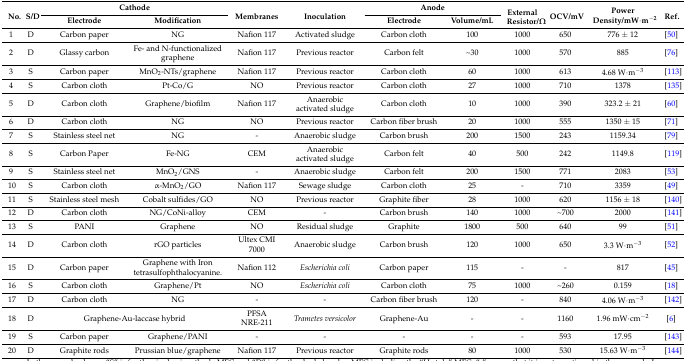
<table><thead><tr><td rowspan="2"><b>No.</b></td><td rowspan="2"><b>S/D</b></td><td colspan="2"><b>Cathode</b></td><td rowspan="2"><b>Membranes</b></td><td rowspan="2"><b>Inoculation</b></td><td colspan="2"><b>Anode</b></td><td rowspan="2"><b>External Resistor/Ω</b></td><td rowspan="2"><b>OCV/mV</b></td><td rowspan="2"><b>Power Density/mW·m<sup>−2</sup></b></td><td rowspan="2"><b>Ref.</b></td></tr><tr><td><b>Electrode</b></td><td><b>Modification</b></td><td><b>Electrode</b></td><td><b>Volume/mL</b></td></tr></thead><tbody><tr><td>1</td><td>D</td><td>Carbon paper</td><td>NG</td><td>Nafion 117</td><td>Activated sludge</td><td>Carbon cloth</td><td>100</td><td>1000</td><td>650</td><td>776 ± 12</td><td>[50]</td></tr><tr><td>2</td><td>D</td><td>Glassy carbon</td><td>Fe- and N-functionalized graphene</td><td>Nafion 117</td><td>Previous reactor</td><td>Carbon felt</td><td>~30</td><td>1000</td><td>570</td><td>885</td><td>[76]</td></tr><tr><td>3</td><td>S</td><td>Carbon paper</td><td>MnO<sub>2</sub>-NTs/graphene</td><td>Nafion 117</td><td>Previous reactor</td><td>Carbon cloth</td><td>60</td><td>1000</td><td>613</td><td>4.68 W·m<sup>−3</sup></td><td>[113]</td></tr><tr><td>4</td><td>S</td><td>Carbon cloth</td><td>Pt-Co/G</td><td>NO</td><td>Previous reactor</td><td>Carbon cloth</td><td>27</td><td>1000</td><td>710</td><td>1378</td><td>[135]</td></tr><tr><td>5</td><td>D</td><td>Carbon cloth</td><td>Graphene/biofilm</td><td>Nafion 117</td><td>Anaerobic activated sludge</td><td>Carbon cloth</td><td>10</td><td>1000</td><td>390</td><td>323.2 ± 21</td><td>[60]</td></tr><tr><td>6</td><td>D</td><td>Carbon cloth</td><td>NG</td><td>NO</td><td>Previous reactor</td><td>Carbon fiber brush</td><td>20</td><td>1000</td><td>555</td><td>1350 ± 15</td><td>[71]</td></tr><tr><td>7</td><td>S</td><td>Stainless steel net</td><td>NG</td><td>-</td><td>Anaerobic sludge</td><td>Carbon brush</td><td>200</td><td>1500</td><td>243</td><td>1159.34</td><td>[79]</td></tr><tr><td>8</td><td>S</td><td>Carbon Paper</td><td>Fe-NG </td><td>CEM</td><td>Anaerobic activated sludge</td><td>Carbon felt</td><td>40</td><td>500</td><td>242</td><td>1149.8</td><td>[119]</td></tr><tr><td>9</td><td>S</td><td>Stainless steel net</td><td>MnO<sub>2</sub>/GNS</td><td>-</td><td>Anaerobic sludge</td><td>Carbon felt</td><td>200</td><td>1500</td><td>771</td><td>2083</td><td>[53]</td></tr><tr><td>10</td><td>S</td><td>Carbon cloth</td><td>α-MnO<sub>2</sub>/GO</td><td>Nafion 117</td><td>Sewage sludge</td><td>Carbon cloth</td><td>25</td><td>-</td><td>710</td><td>3359</td><td>[49]</td></tr><tr><td>11</td><td>S</td><td>Stainless steel mesh</td><td>Cobalt sulfides/GO</td><td>NO</td><td>Previous reactor</td><td>Graphite fiber</td><td>28</td><td>1000</td><td>620</td><td>1156 ± 18</td><td>[140]</td></tr><tr><td>12</td><td>D</td><td>Carbon cloth</td><td>NG/CoNi-alloy</td><td>CEM</td><td>-</td><td>Carbon brush</td><td>140</td><td>1000</td><td>~700</td><td>2000</td><td>[141]</td></tr><tr><td>13</td><td>S</td><td>PANI</td><td>Graphene</td><td>NO</td><td>Residual sludge</td><td>Graphite</td><td>1800</td><td>500</td><td>640</td><td>99</td><td>[51]</td></tr><tr><td>14</td><td>D</td><td>Carbon cloth</td><td>rGO particles</td><td>Ultex CMI 7000</td><td>Anaerobic sludge</td><td>Carbon brush</td><td>120</td><td>1000</td><td>650</td><td>3.3 W·m<sup>−3</sup></td><td>[52]</td></tr><tr><td>15</td><td>D</td><td>Carbon paper</td><td>Graphene with Iron tetrasulfophthalocyanine.</td><td>Nafion 112</td><td><i>Escherichia coli</i></td><td>Carbon paper</td><td>115</td><td>-</td><td>-</td><td>817</td><td>[45]</td></tr><tr><td>16</td><td>S</td><td>Carbon cloth</td><td>Graphene/Pt</td><td>NO</td><td><i>Escherichia coli</i></td><td>Carbon cloth</td><td>75</td><td>1000</td><td>~260</td><td>0.159</td><td>[18]</td></tr><tr><td>17</td><td>D</td><td>Carbon cloth</td><td>NG</td><td>-</td><td>-</td><td>Carbon fiber brush</td><td>120</td><td>-</td><td>840</td><td>4.06 W·m<sup>−3</sup></td><td>[142]</td></tr><tr><td>18</td><td>D</td><td colspan="2">Graphene-Au-laccase hybrid</td><td>PFSA NRE-211</td><td><i>Trametes versicolor</i></td><td>Graphene-Au</td><td>-</td><td>-</td><td>1160</td><td>1.96 mW·cm<sup>−2</sup></td><td>[6]</td></tr><tr><td>19</td><td>S</td><td>Carbon paper</td><td>Graphene/PANI</td><td>-</td><td>-</td><td>-</td><td>-</td><td>-</td><td>593</td><td>17.95</td><td>[143]</td></tr><tr><td>20</td><td>D</td><td>Graphite rods</td><td>Prussian blue/graphene</td><td>Nafion 117</td><td>Previous reactor</td><td>Graphite rods</td><td>80</td><td>1000</td><td>530</td><td>15.63 W·m<sup>−3</sup></td><td>[144]</td></tr></tbody></table>